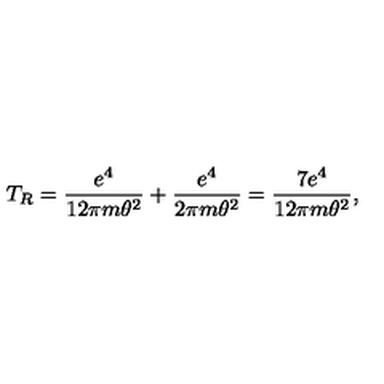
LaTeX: T _ { R } = \frac { e ^ { 4 } } { 1 2 \pi m \theta ^ { 2 } } + \frac { e ^ { 4 } } { 2 \pi m \theta ^ { 2 } } = \frac { 7 e ^ { 4 } } { 1 2 \pi m \theta ^ { 2 } } ,